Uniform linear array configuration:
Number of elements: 4
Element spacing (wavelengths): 0.5
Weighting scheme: hann
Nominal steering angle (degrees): -15
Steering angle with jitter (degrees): -16.139
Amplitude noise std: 0.05
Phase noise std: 0.05

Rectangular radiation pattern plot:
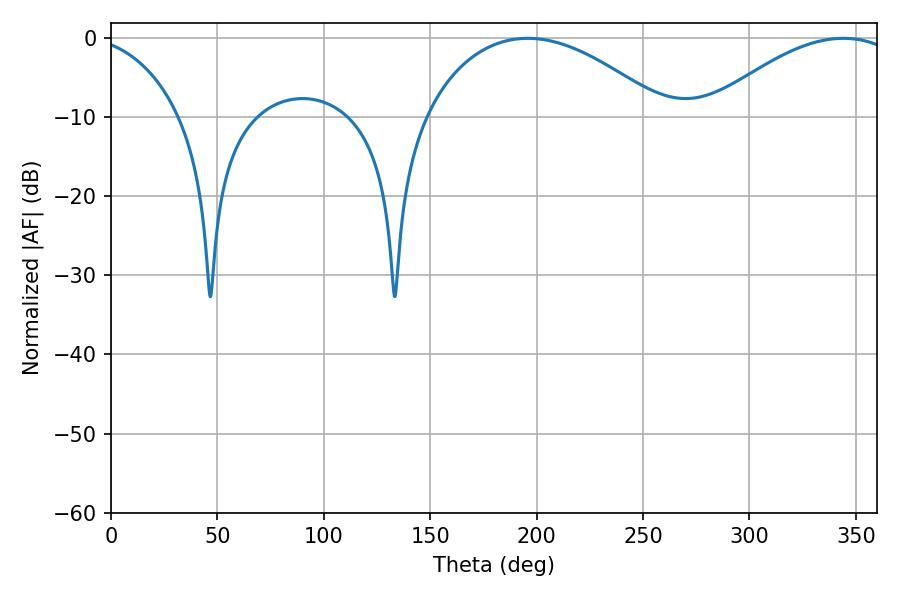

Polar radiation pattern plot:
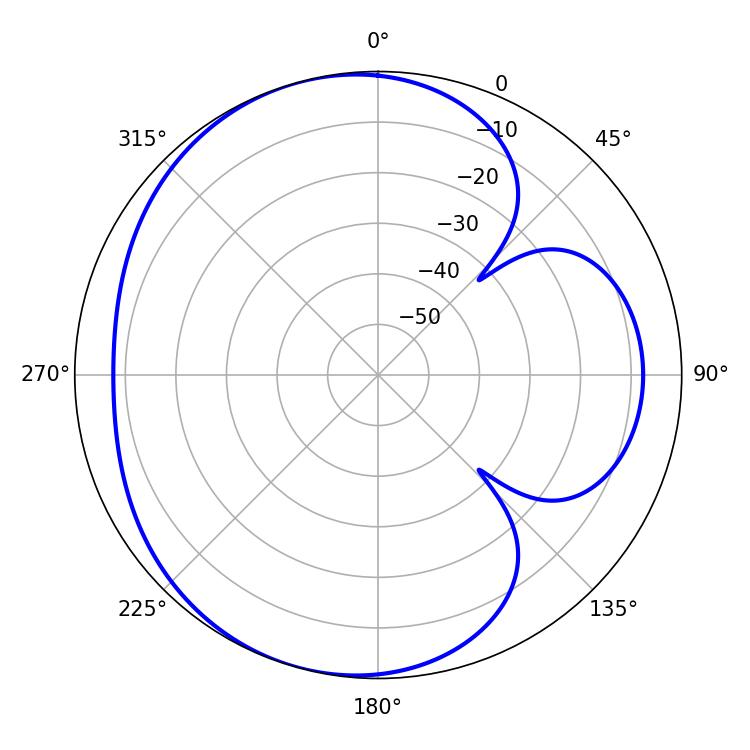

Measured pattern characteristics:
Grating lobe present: FALSE
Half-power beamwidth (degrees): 63.72
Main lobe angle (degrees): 195.84